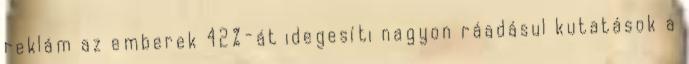
reklám az emberek 42%-át idegesíti nagyon ráadásul kutatások a